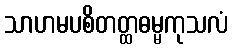
သာဟမပစိတတ္ထဓမ္မကုသလံ